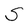
Character: S